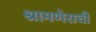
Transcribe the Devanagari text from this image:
श्रामणेराची